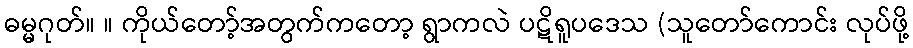
ဓမ္မဂုတ်။ ။ ကိုယ်တော့်အတွက်ကတော့ ရွာကလဲ ပဋိရူပဒေသ (သူတော်ကောင်း လုပ်ဖို့